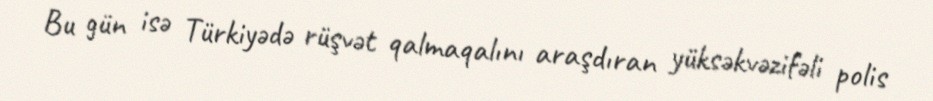
Bu gün isə Türkiyədə rüşvət qalmaqalını araşdıran yüksəkvəzifəli polis